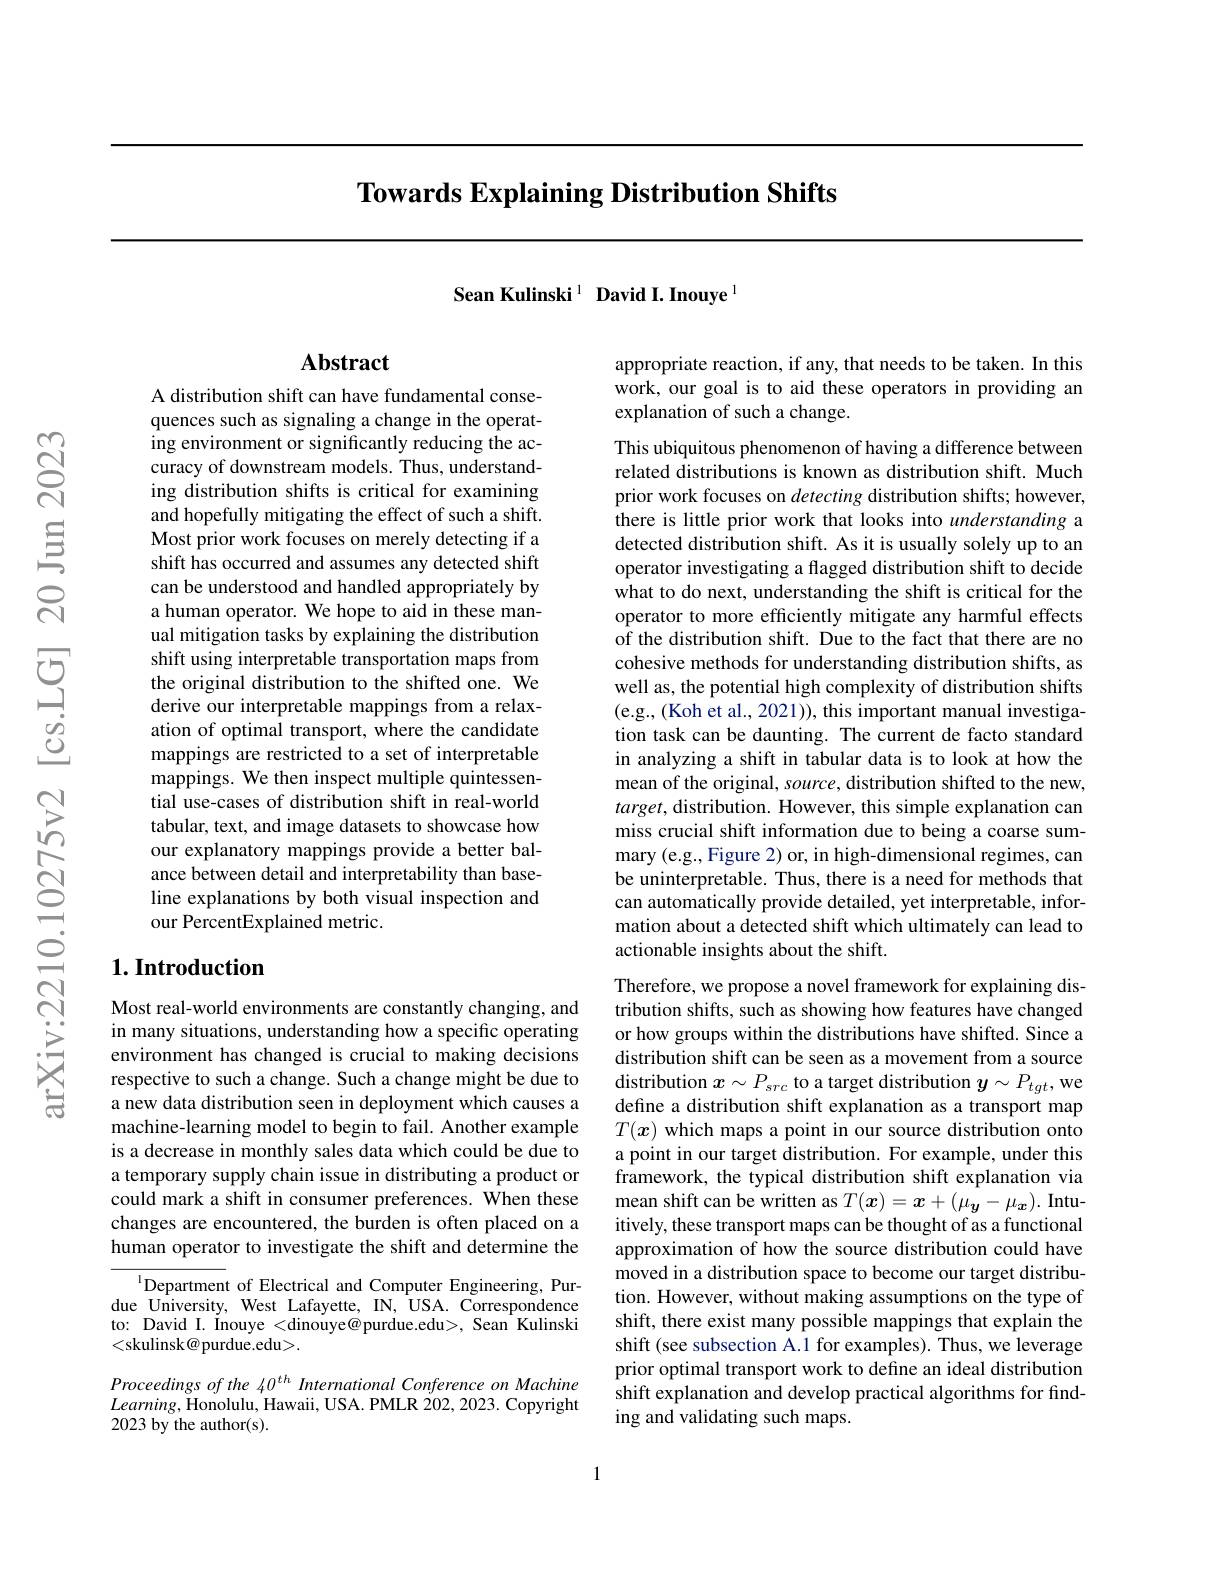
# Towards Explaining Distribution Shifts

Sean Kulinski$^{1}$ David I. Inouye$^{\mathrm{l}}$

## $\mathbf{Abstract}$

A distribution shift can have fundamental consequences such as signaling a change in the operating environment or significantly reducing the accuracy of downstream models. Thus, understanding distribution shifts is critical for examining and hopefully mitigating the effect of such a shift. Most prior work focuses on merely detecting if a shift has occurred and assumes any detected shift can be understood and handled appropriately by a human operator. We hope to aid in these manual mitigation tasks by explaining the distribution shift using interpretable transportation maps from the original distribution to the shifted one. We derive our interpretable mappings from a relaxation of optimal transport, where the candidate mappings are restricted to a set of interpretable mappings. We then inspect multiple quintessential use-cases of distribution shift in real-world tabular, text, and image datasets to showcase how our explanatory mappings provide a better balance between detail and interpretability than baseline explanations by both visual inspection and our PercentExplained metric.

## $1. \textbf{Introduction}$

Most real-world environments are constantly changing, and in many situations, understanding how a specific operating environment has changed is crucial to making decisions respective to such a change. Such a change might be due to a new data distribution seen in deployment which causes a machine-learning model to begin to fail. Another example is a decrease in monthly sales data which could be due to a temporary supply chain issue in distributing a product or could mark a shift in consumer preferences. When these changes are encountered, the burden is often placed on a human operator to investigate the shift and determine the

$^{\mathrm{l}}$Department of Electrical and Computer Engineering, Purdue University, West Lafayette, IN, USA. Correspondence to: David I. Inouye <dinouye@purdue.edu>, Sean Kulinski <skulinsk@purdue.edu>.

Proceedings of the 40$^{th}$ International Conference on Machine $Learning$,Honolulu, Hawaii, USA. PMLR 202,2023. Copyright 2023 by the author(s).

appropriate reaction, if any, that needs to be taken. In this work, our goal is to aid these operators in providing an explanation of such a change.

This ubiquitous phenomenon of having a difference between related distributions is known as distribution shift. Much prior work focuses on detecting distribution shifts; however, there is little prior work that looks into understanding a detected distribution shift. As it is usually solely up to an operator investigating a flagged distribution shift to decide what to do next, understanding the shift is critical for the operator to more efficiently mitigate any harmful effects of the distribution shift. Due to the fact that there are no cohesive methods for understanding distribution shifts, as well as, the potential high complexity of distribution shifts (e.g., (Koh et al., 2021)), this important manual investigation task can be daunting. The current de facto standard in analyzing a shift in tabular data is to look at how the mean of the original, source, distribution shifted to the new, $target$, distribution. However, this simple explanation can miss crucial shift information due to being a coarse summary (e.g., Figure 2) or, in high-dimensional regimes, can be uninterpretable. Thus, there is a need for methods that can automatically provide detailed, yet interpretable, information about a detected shift which ultimately can lead to actionable insights about the shift.

Therefore, we propose a novel framework for explaining distribution shifts, such as showing how features have changed or how groups within the distributions have shifted. Since a distribution shift can be seen as a movement from a source distribution $x\sim P_{src}$ to a target distribution $y\sim P_{tgt}$, we define a distribution shift explanation as a transport map $T(\boldsymbol{x})$ which maps a point in our source distribution onto a point in our target distribution. For example, under this framework, the typical distribution shift explanation via mean shift can be written as $T(\boldsymbol x)=\boldsymbol x+(\mu_{\boldsymbol y}-\mu_{\boldsymbol x}).$ Intuitively, these transport maps can be thought of as a functional approximation of how the source distribution could have moved in a distribution space to become our target distribution. However, without making assumptions on the type of shift, there exist many possible mappings that explain the shift (see subsection A.1 for examples). Thus, we leverage prior optimal transport work to define an ideal distribution shift explanation and develop practical algorithms for finding and validating such maps.

1